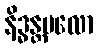
နိဒ္ဓန္တမလော